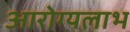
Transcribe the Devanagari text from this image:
आरोग्यलाभ